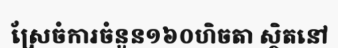
ស្រែចំការចំនួន១៦០ហិចតា ស្ថិតនៅ